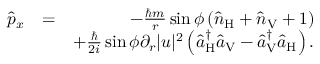
\begin{array} { r l r } { \hat { p } _ { x } } & { = } & { - \frac { \hbar m } { r } \sin \phi \left( \hat { n } _ { \mathrm { H } } + \hat { n } _ { \mathrm { V } } + 1 \right) } \\ & { } & { + \frac { \hbar } { 2 i } \sin \phi \partial _ { r } | u | ^ { 2 } \left( \hat { a } _ { \mathrm { H } } ^ { \dagger } \hat { a } _ { \mathrm { V } } - \hat { a } _ { \mathrm { V } } ^ { \dagger } \hat { a } _ { \mathrm { H } } \right) . } \end{array}